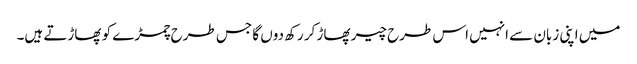
میں اپنی زبان سے انہیں اس طرح چیر پھاڑ کر رکھ دوں گا جس طرح چمڑے کو پھاڑتے ہیں۔